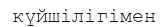
күйшілігімен